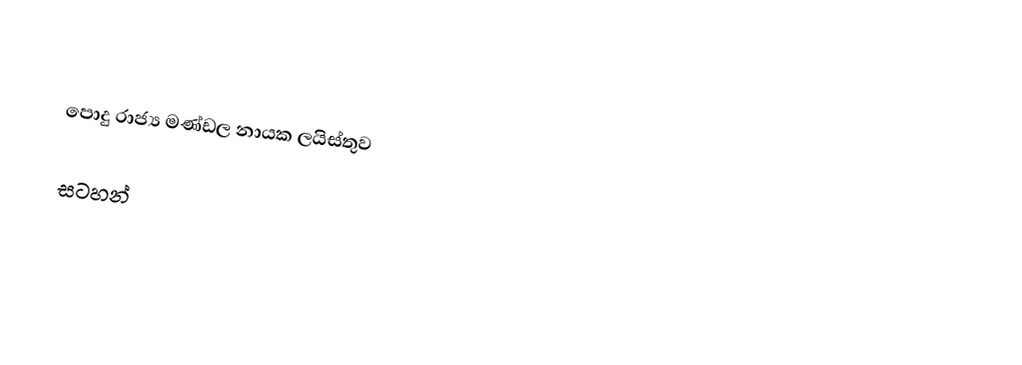

පොදු රාජ්‍ය මණ්ඩල නායක ලයිස්තුව

සටහන්